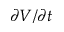
\partial V / \partial t